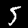
Digit: 5